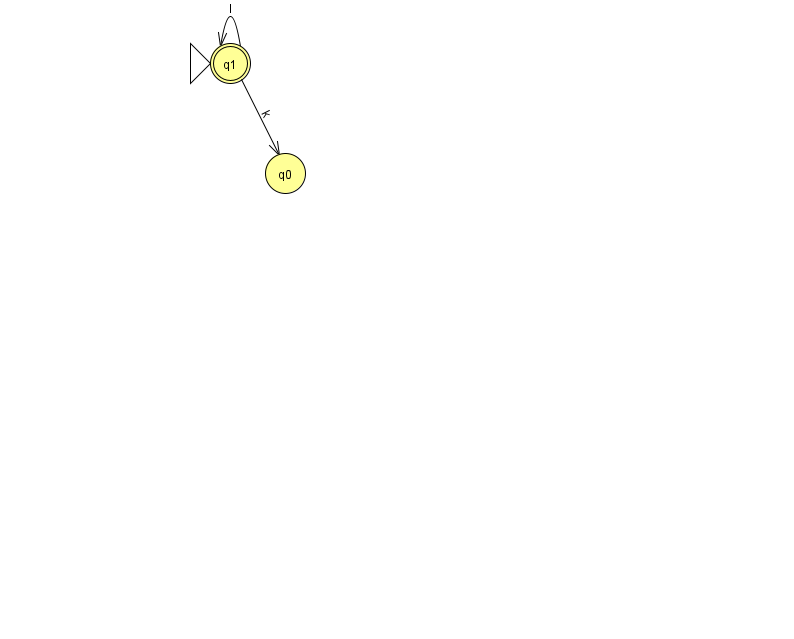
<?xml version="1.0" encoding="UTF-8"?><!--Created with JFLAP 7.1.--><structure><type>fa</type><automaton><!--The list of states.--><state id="0" name="q0"><x>285.0</x><y>160.0</y></state><state id="1" name="q1"><x>230.0</x><y>50.0</y><initial/><final/></state><!--The list of transitions.--><transition><from>1</from><to>0</to><read>k</read></transition><transition><from>1</from><to>1</to><read>l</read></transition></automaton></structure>